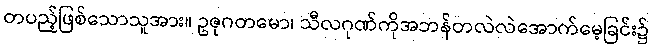
တပည့်ဖြစ်သောသူအား။ ဥဇုဂတမော၊ သီလဂုဏ်ကိုအဘန်တလဲလဲအောက်မေ့ခြင်း၌